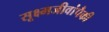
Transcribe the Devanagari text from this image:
सूक्ष्मजीवांपैकी